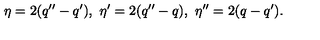
\eta = 2 ( q ^ { \prime \prime } - q ^ { \prime } ) , \ \eta ^ { \prime } = 2 ( q ^ { \prime \prime } - q ) , \ \eta ^ { \prime \prime } = 2 ( q - q ^ { \prime } ) .